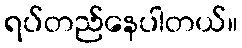
ရပ်တည်နေပါတယ်။